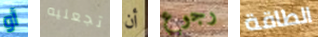
أو تجعليه أن رجوع الطاقة